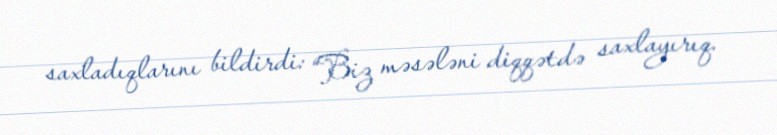
saxladıqlarını bildirdi: “Biz məsələni diqqətdə saxlayırıq.